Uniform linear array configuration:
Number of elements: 8
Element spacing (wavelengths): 0.25
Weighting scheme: hamming
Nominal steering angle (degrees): -30
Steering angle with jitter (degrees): -30.541
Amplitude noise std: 0.05
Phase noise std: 0.05

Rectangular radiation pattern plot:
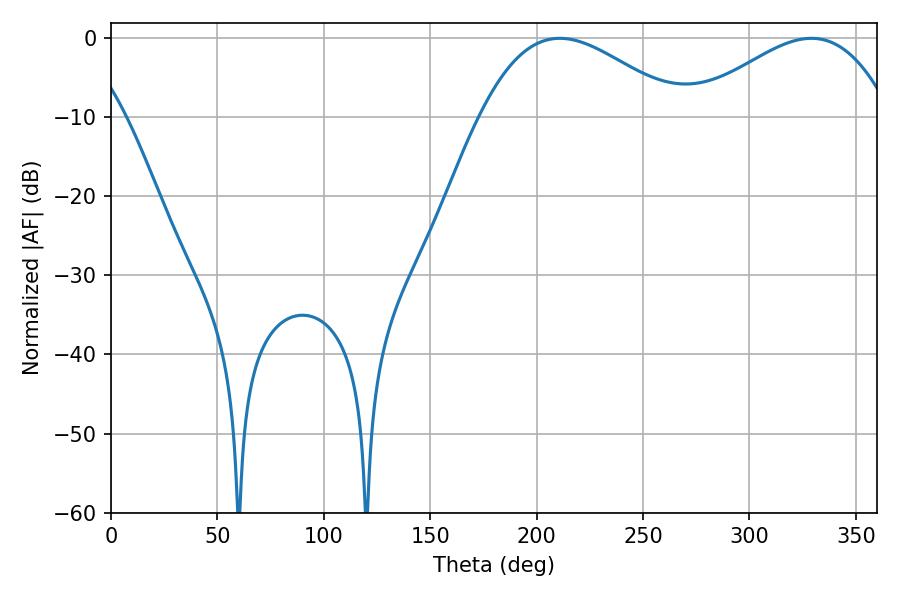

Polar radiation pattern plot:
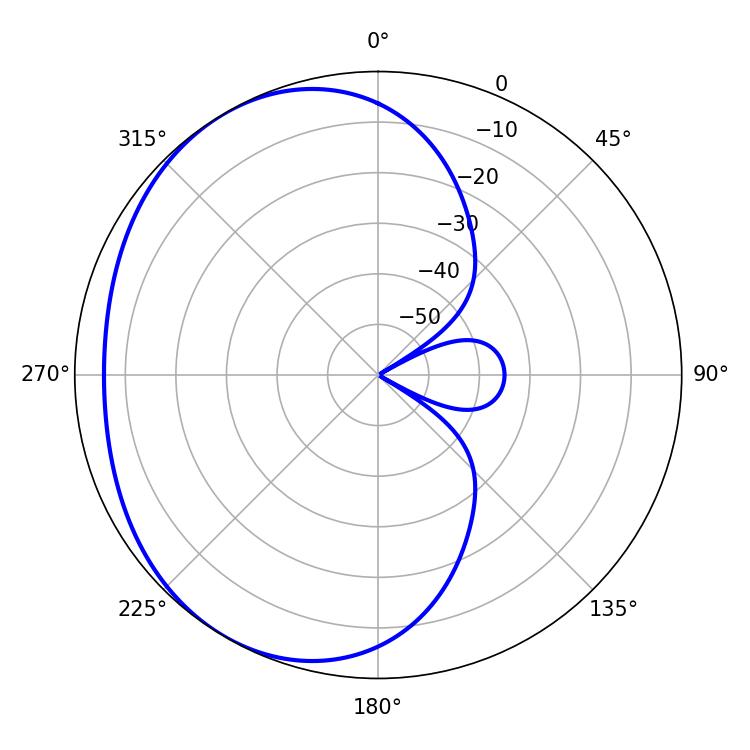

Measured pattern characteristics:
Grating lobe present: FALSE
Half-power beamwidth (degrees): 50.94
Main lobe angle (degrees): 210.96